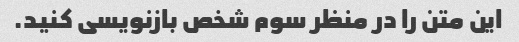
این متن را در منظر سوم شخص بازنویسی کنید.